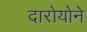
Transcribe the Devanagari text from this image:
दारोयोने